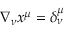
\nabla _ { \nu } x ^ { \mu } = \delta _ { \nu } ^ { \mu }